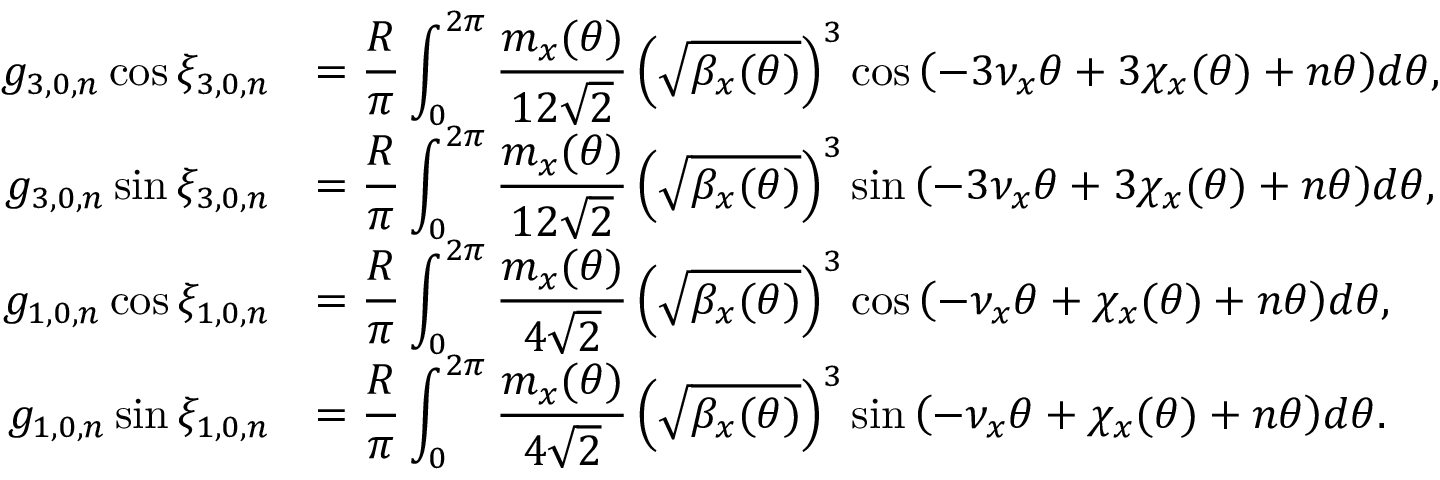
\begin{array} { r l } { \displaystyle g _ { 3 , 0 , n } \cos { \xi _ { 3 , 0 , n } } } & { \displaystyle = \frac { R } { \pi } \int _ { 0 } ^ { 2 \pi } { \frac { m _ { x } ( \theta ) } { 1 2 \sqrt 2 } \left( \sqrt { \beta _ { x } ( \theta ) } \right) ^ { 3 } \cos { \left( - 3 \nu _ { x } \theta + 3 \chi _ { x } ( \theta ) + n \theta \right) } d \theta } , } \\ { \displaystyle g _ { 3 , 0 , n } \sin { \xi _ { 3 , 0 , n } } } & { \displaystyle = \frac { R } { \pi } \int _ { 0 } ^ { 2 \pi } { \frac { m _ { x } ( \theta ) } { 1 2 \sqrt 2 } \left( \sqrt { \beta _ { x } ( \theta ) } \right) ^ { 3 } \sin { \left( - 3 \nu _ { x } \theta + 3 \chi _ { x } ( \theta ) + n \theta \right) } d \theta } , } \\ { \displaystyle g _ { 1 , 0 , n } \cos { \xi _ { 1 , 0 , n } } } & { \displaystyle = \frac { R } { \pi } \int _ { 0 } ^ { 2 \pi } { \frac { m _ { x } ( \theta ) } { 4 \sqrt 2 } \left( \sqrt { \beta _ { x } ( \theta ) } \right) ^ { 3 } \cos { \left( - \nu _ { x } \theta + \chi _ { x } ( \theta ) + n \theta \right) } d \theta } , } \\ { \displaystyle g _ { 1 , 0 , n } \sin { \xi _ { 1 , 0 , n } } } & { \displaystyle = \frac { R } { \pi } \int _ { 0 } ^ { 2 \pi } { \frac { m _ { x } ( \theta ) } { 4 \sqrt 2 } \left( \sqrt { \beta _ { x } ( \theta ) } \right) ^ { 3 } \sin { \left( - \nu _ { x } \theta + \chi _ { x } ( \theta ) + n \theta \right) } d \theta } . } \end{array}